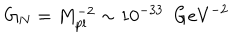
LaTeX: G _ { N } = M _ { \mathrm { p l } } ^ { - 2 } \sim 1 0 ^ { - 3 3 } \ \ \mathrm { G e V } ^ { - 2 }